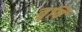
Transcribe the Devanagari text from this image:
त्रृषि